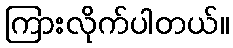
ကြားလိုက်ပါတယ်။